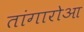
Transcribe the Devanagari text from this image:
तांगारोआ